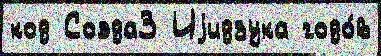
код Соэда3 Иjидзука годо́в